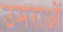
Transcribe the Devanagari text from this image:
उमराओं